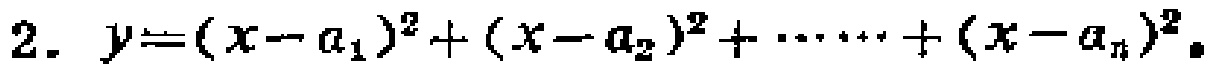
2. \(y=(x - a_1)^2+(x - a_2)^2+\cdots+(x - a_n)^2\)